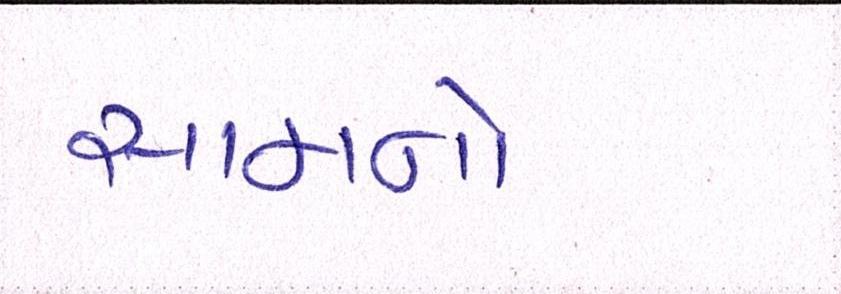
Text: સામનો